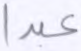
عبدا